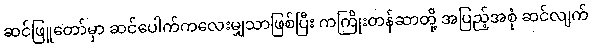
ဆင်ဖြူတော်မှာ ဆင်ပေါက်ကလေးမျှသာဖြစ်ပြီး ကကြိုးတန်ဆာတို့ အပြည့်အစုံ ဆင်လျက်